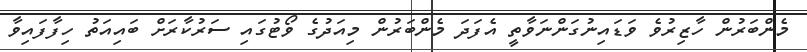
މެންބަރުން ހާޒިރުވެ ވަޑައިނުގަންނަވާތީ އެފަދަ މެންބަރުން މިއަދުގެ ވޯޓުގައި ސަރުކާރަށް ބައިއަތު ހިފާފައިވާ